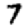
Digit: 7